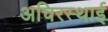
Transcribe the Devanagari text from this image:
अचिरस्थाई